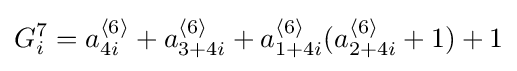
G_{i}^{7}=a_{4i}^{{\mathcal {h}}6{\mathcal {i}}}+a_{3+4i}^{{\mathcal {h}}6{\mathcal {i}}}+a_{1+4i}^{{\mathcal {h}}6{\mathcal {i}}}(a_{2+4i}^{{\mathcal {h}}6{\mathcal {i}}}+1)+1